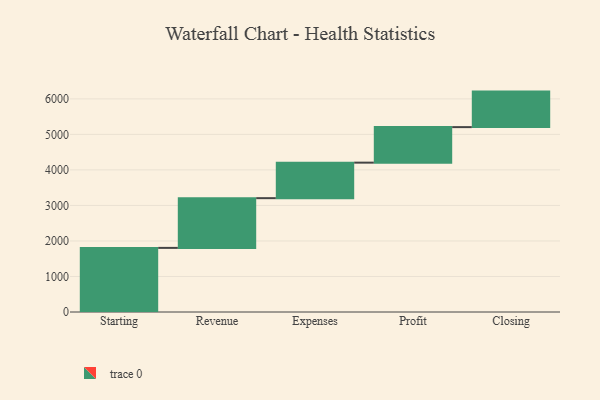
{"axis": {"x": "Step", "y": "Value"}, "legend": [""], "data": [{"x": "Starting", "y": 1805.0, "type": ""}, {"x": "Revenue", "y": 1400.0, "type": ""}, {"x": "Expenses", "y": 1000, "type": ""}, {"x": "Profit", "y": 1000, "type": ""}, {"x": "Closing", "y": 1000, "type": ""}]}